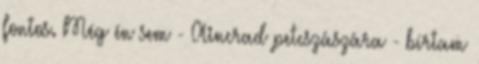
fontos. Még én sem - Aincrad petcszászára - bírtam